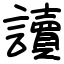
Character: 讀